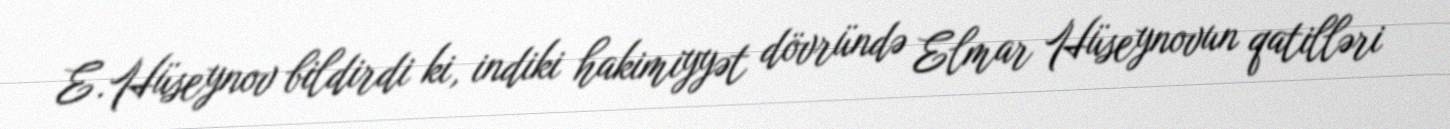
E.Hüseynov bildirdi ki, indiki hakimiyyət dövründə Elmar Hüseynovun qatilləri